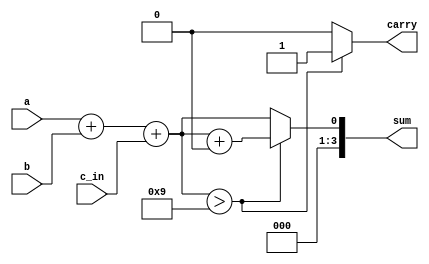
module bcd_adder( a,b,c_in, sum,carry);
input a,b,c_in;
output [3:0] sum;
output carry;
reg temp_sum,temp_carry;

always@(a,b,c_in)
	begin
		temp_sum = a + b +c_in;
		
		if(temp_sum >9)
			begin
				temp_sum = temp_sum +6;
				temp_carry = 1;
			end
	
		else
			begin
				temp_carry = 0;
			end
		end
assign sum = temp_sum;
assign carry = temp_carry;
endmodule